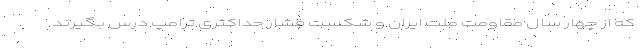
که از چهار سال مقاومت ملت ایران و شکست فشار حداکثری ترامپ درس بگیرند